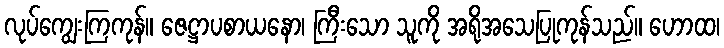
လုပ်ကျွေးကြကုန်။ ဇေဋ္ဌာပစာယနော၊ ကြီးသော သူကို အရိုအသေပြုကုန်သည်။ ဟောထ၊